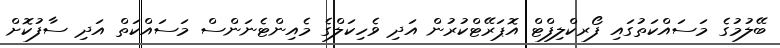
ބޭލުމުގެ މަސައްކަތުގައި ފޯރކްލިފްޓް އޮޕަރޭޓްކުރުން އަދި ވެހިކަލްގެ މެއިންޓެނަންސް މަސައްކަތް އަދި ސާފުކޮށް